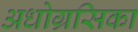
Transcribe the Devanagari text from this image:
अधोग्रसिका